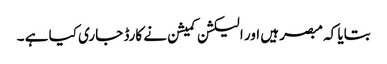
بتایا کہ مبصر ہیں اور الیکشن کمیشن نے کارڈ جاری کیا ہے ۔